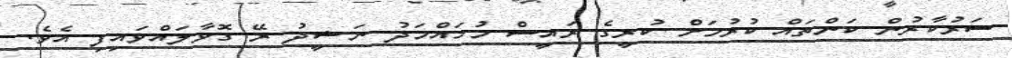
ސަރުކާރުން ކަންތައް ކުރުމަށް ކުރީގެ ރައީސް މުހައްމަދު ނަޝީދު ރޭ ގޮވާލައްވައިފި އެވެ.